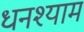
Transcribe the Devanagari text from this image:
धनश्याम